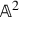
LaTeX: \mathbb { A } ^ { 2 }